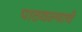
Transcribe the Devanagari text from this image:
पाठवल्याचे